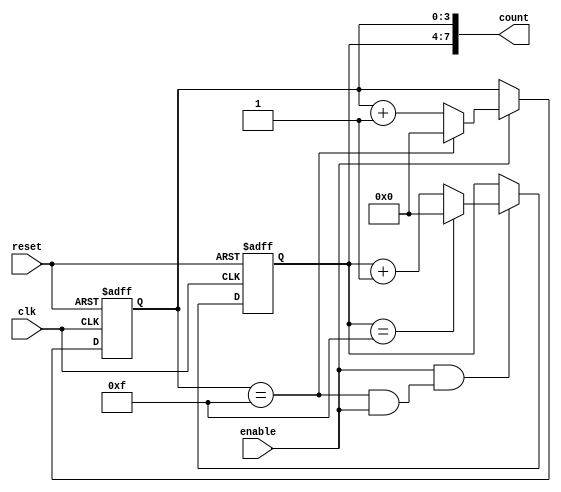
module cascaded_counter (
    input wire clk,          // Clock signal
    input wire reset,        // Reset signal
    input wire enable,       // Enable signal
    output wire [7:0] count  // 8-bit output for the final count
);

    // Internal signals for carry propagation
    wire carry1; // Carry from the first stage to the second stage

    // First 4-bit counter stage
    reg [3:0] counter1; // 4-bit counter
    always @(posedge clk or posedge reset) begin
        if (reset) begin
            counter1 <= 4'b0000; // Reset to 0
        end else if (enable) begin
            if (counter1 == 4'b1111) begin
                counter1 <= 4'b0000; // Reset on overflow
            end else begin
                counter1 <= counter1 + 1; // Increment
            end
        end
    end

    // Second 4-bit counter stage
    reg [3:0] counter2; // 4-bit counter
    always @(posedge clk or posedge reset) begin
        if (reset) begin
            counter2 <= 4'b0000; // Reset to 0
        end else if (enable && carry1) begin
            if (counter2 == 4'b1111) begin
                counter2 <= 4'b0000; // Reset on overflow
            end else begin
                counter2 <= counter2 + 1; // Increment
            end
        end
    end

    // Carry logic: Generate carry signal when counter1 overflows
    assign carry1 = (counter1 == 4'b1111) && enable;

    // Final output: Combine both counters
    assign count = {counter2, counter1}; // Concatenate counter2 and counter1

endmodule